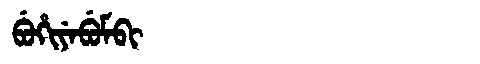
Manchu: ᠪᡠᡥᡳᠶᡝᠪᡠᠮᠪᡳ
Romanization: BUHIYEBUMBI